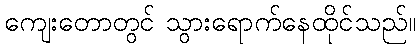
ကျေးတောတွင် သွားရောက်နေထိုင်သည်။